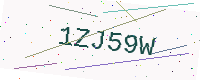
Text: 1ZJ59W